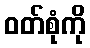
ဝတ်စုံကို